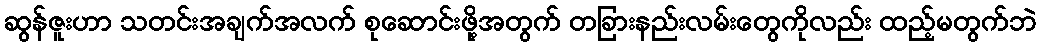
ဆွန်ဇူးဟာ သတင်းအချက်အလက် စုဆောင်းဖို့အတွက် တခြားနည်းလမ်းတွေကိုလည်း ထည့်မတွက်ဘဲ